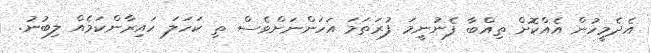
އެދެމީހުން އެއްކޮށް ތިއްބާ ފެނުނީމަ ފުރަތަމަ އަހަންނަށްވެސް ތި ކަހަލަ ހައިރާންކަމެއް ލިބުނު.